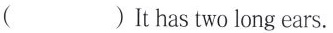
（)It has two long ears.